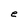
Character: e